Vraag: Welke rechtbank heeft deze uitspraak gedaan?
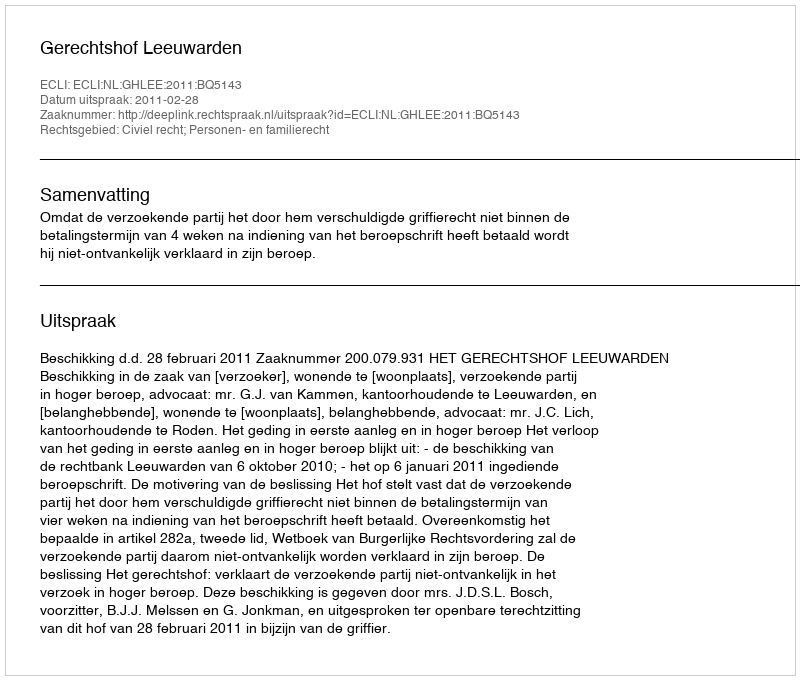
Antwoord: Gerechtshof Leeuwarden